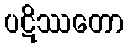
ပဋိဿတော